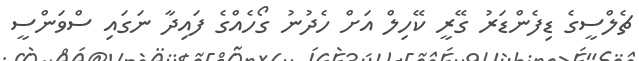
ޗެލްސީގެ ޑިފެންޑަރު ގޭރީ ކޭހިލް އަށް ހެދުނު ގޯހެއްގެ ފައިދާ ނަގައި ސްވަންސީ